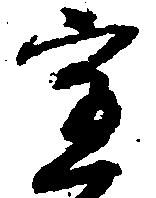
宣